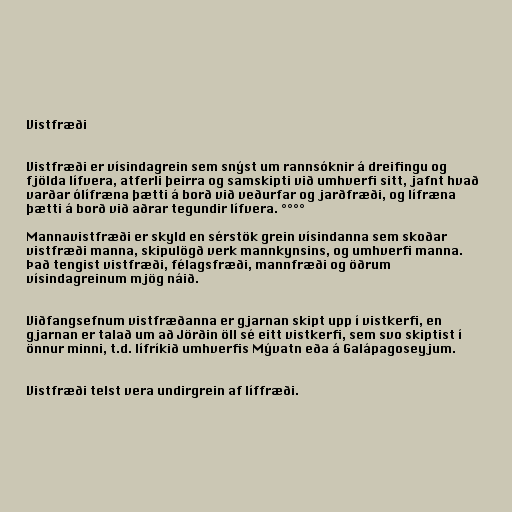
Vistfræði

Vistfræði er vísindagrein sem snýst um rannsóknir á dreifingu og
fjölda lífvera, atferli þeirra og samskipti við umhverfi sitt, jafnt hvað
varðar ólífræna þætti á borð við veðurfar og jarðfræði, og lífræna
þætti á borð við aðrar tegundir lífvera. °°°°

Mannavistfræði er skyld en sérstök grein vísindanna sem skoðar
vistfræði manna, skipulögð verk mannkynsins, og umhverfi manna.
Það tengist vistfræði, félagsfræði, mannfræði og öðrum
vísindagreinum mjög náið.

Viðfangsefnum vistfræðanna er gjarnan skipt upp í vistkerfi, en
gjarnan er talað um að Jörðin öll sé eitt vistkerfi, sem svo skiptist í
önnur minni, t.d. lífríkið umhverfis Mývatn eða á Galápagoseyjum.

Vistfræði telst vera undirgrein af líffræði.